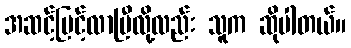
အဆင့်မြင့်လာပြီလို့လည်း သူက ဆိုပါတယ်။